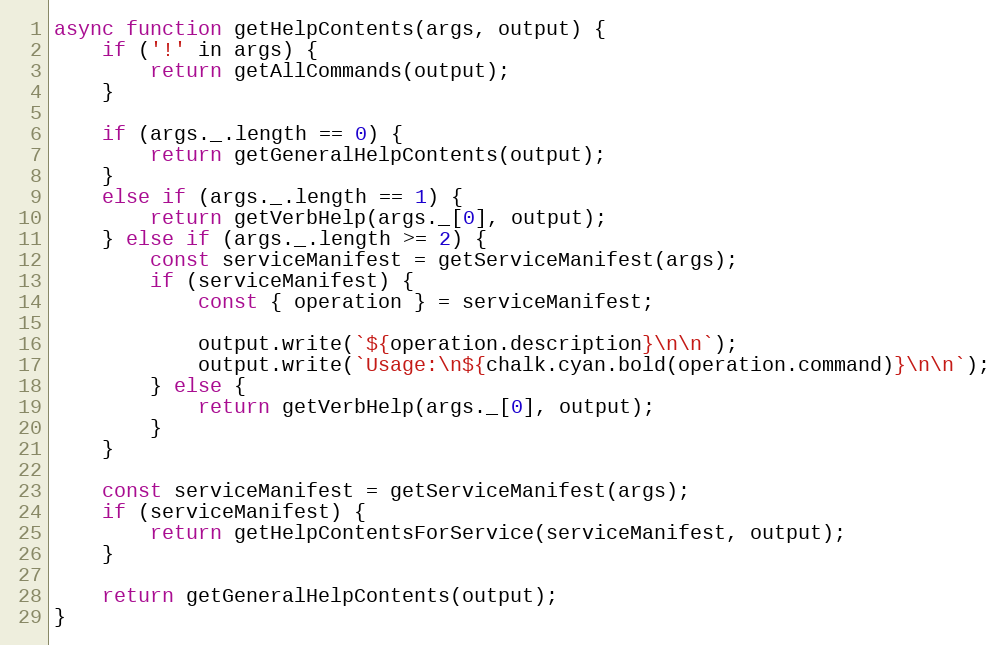
Language: JavaScript
async function getHelpContents(args, output) {
    if ('!' in args) {
        return getAllCommands(output);
    }

    if (args._.length == 0) {
        return getGeneralHelpContents(output);
    }
    else if (args._.length == 1) {
        return getVerbHelp(args._[0], output);
    } else if (args._.length >= 2) {
        const serviceManifest = getServiceManifest(args);
        if (serviceManifest) {
            const { operation } = serviceManifest;

            output.write(`${operation.description}\n\n`);
            output.write(`Usage:\n${chalk.cyan.bold(operation.command)}\n\n`);
        } else {
            return getVerbHelp(args._[0], output);
        }
    }

    const serviceManifest = getServiceManifest(args);
    if (serviceManifest) {
        return getHelpContentsForService(serviceManifest, output);
    }

    return getGeneralHelpContents(output);
}